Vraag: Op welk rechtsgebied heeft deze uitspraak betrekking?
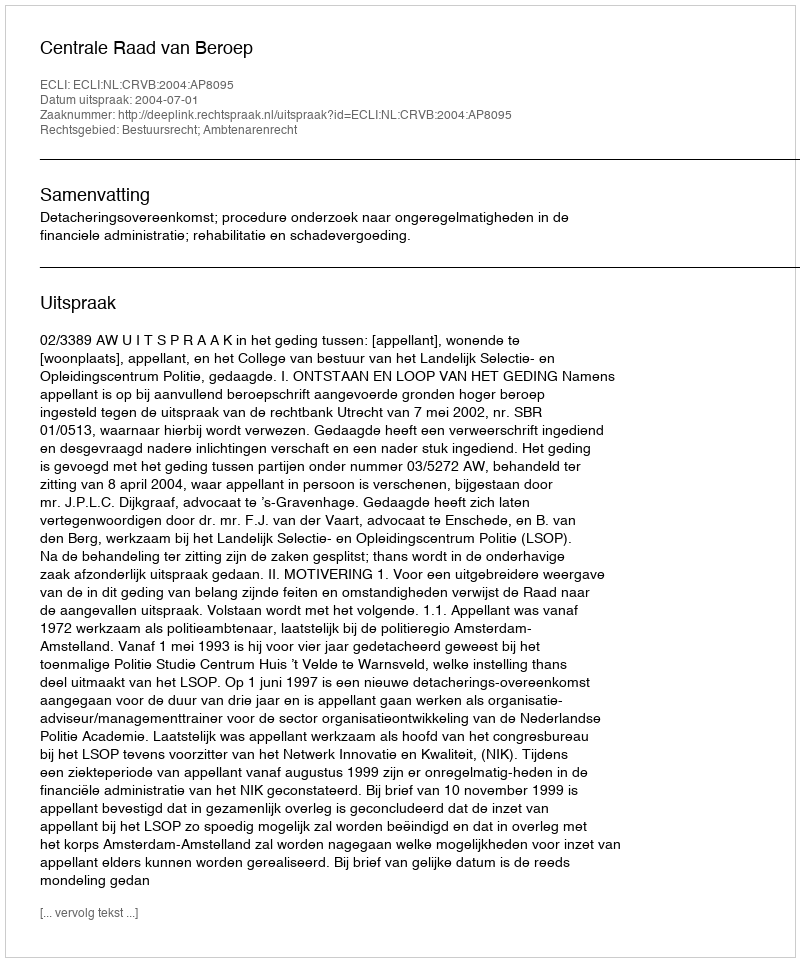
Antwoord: Bestuursrecht; Ambtenarenrecht